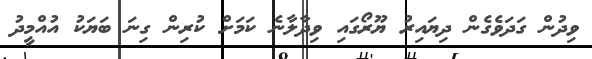
ވިދުން ގަދަވެގެން ދިޔައިރު ޔޫރޯގައި ވިދާލާނެ ކަމަށް ކުރިން ގިނަ ބަޔަކު އުއްމީދު